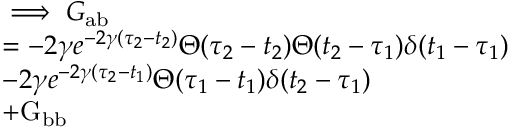
\begin{array} { r l } & { \implies G _ { \mathrm { a b } } } \\ & { = - 2 \gamma e ^ { - 2 \gamma ( \tau _ { 2 } - t _ { 2 } ) } \Theta ( \tau _ { 2 } - t _ { 2 } ) \Theta ( t _ { 2 } - \tau _ { 1 } ) \delta ( t _ { 1 } - \tau _ { 1 } ) } \\ & { - 2 \gamma e ^ { - 2 \gamma ( \tau _ { 2 } - t _ { 1 } ) } \Theta ( \tau _ { 1 } - t _ { 1 } ) \delta ( t _ { 2 } - \tau _ { 1 } ) } \\ & { + \mathrm { G } _ { \mathrm { b b } } } \end{array}